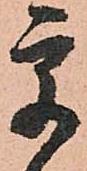
宇